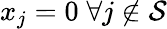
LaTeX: x_{j}=0\; \forall j\notin\mathcal{S}